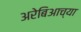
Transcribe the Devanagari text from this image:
अरेबिआच्या